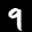
Label: 9